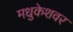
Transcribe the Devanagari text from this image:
मधुकेशवर